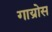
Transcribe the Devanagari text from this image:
गाय्रोस